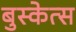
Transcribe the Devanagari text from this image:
बुस्केत्स